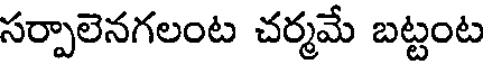
సర్పాలెనగలంట చర్మమే బట్టంట